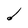
Character: d